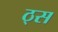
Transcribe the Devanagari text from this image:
ठ्स